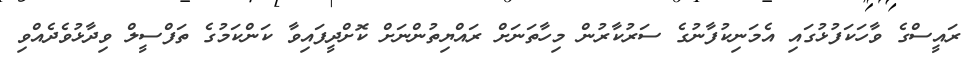
ރައީސްގެ ވާހަކަފުޅުގައި އެމަނިކުފާނުގެ ސަރުކާރުން މިހާތަނަށް ރައްޔިތުންނަށް ކޮށްދީފައިވާ ކަންކަމުގެ ތަފްސީލް ވިދާޅުވެދެއްވި